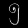
Digit: ၅